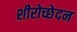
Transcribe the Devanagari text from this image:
शीरोच्छेदन